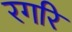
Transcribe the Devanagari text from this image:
रगरि